65_HS1-834228961_62-HQ-83894_Section_2
Agency: FBI
Page 107
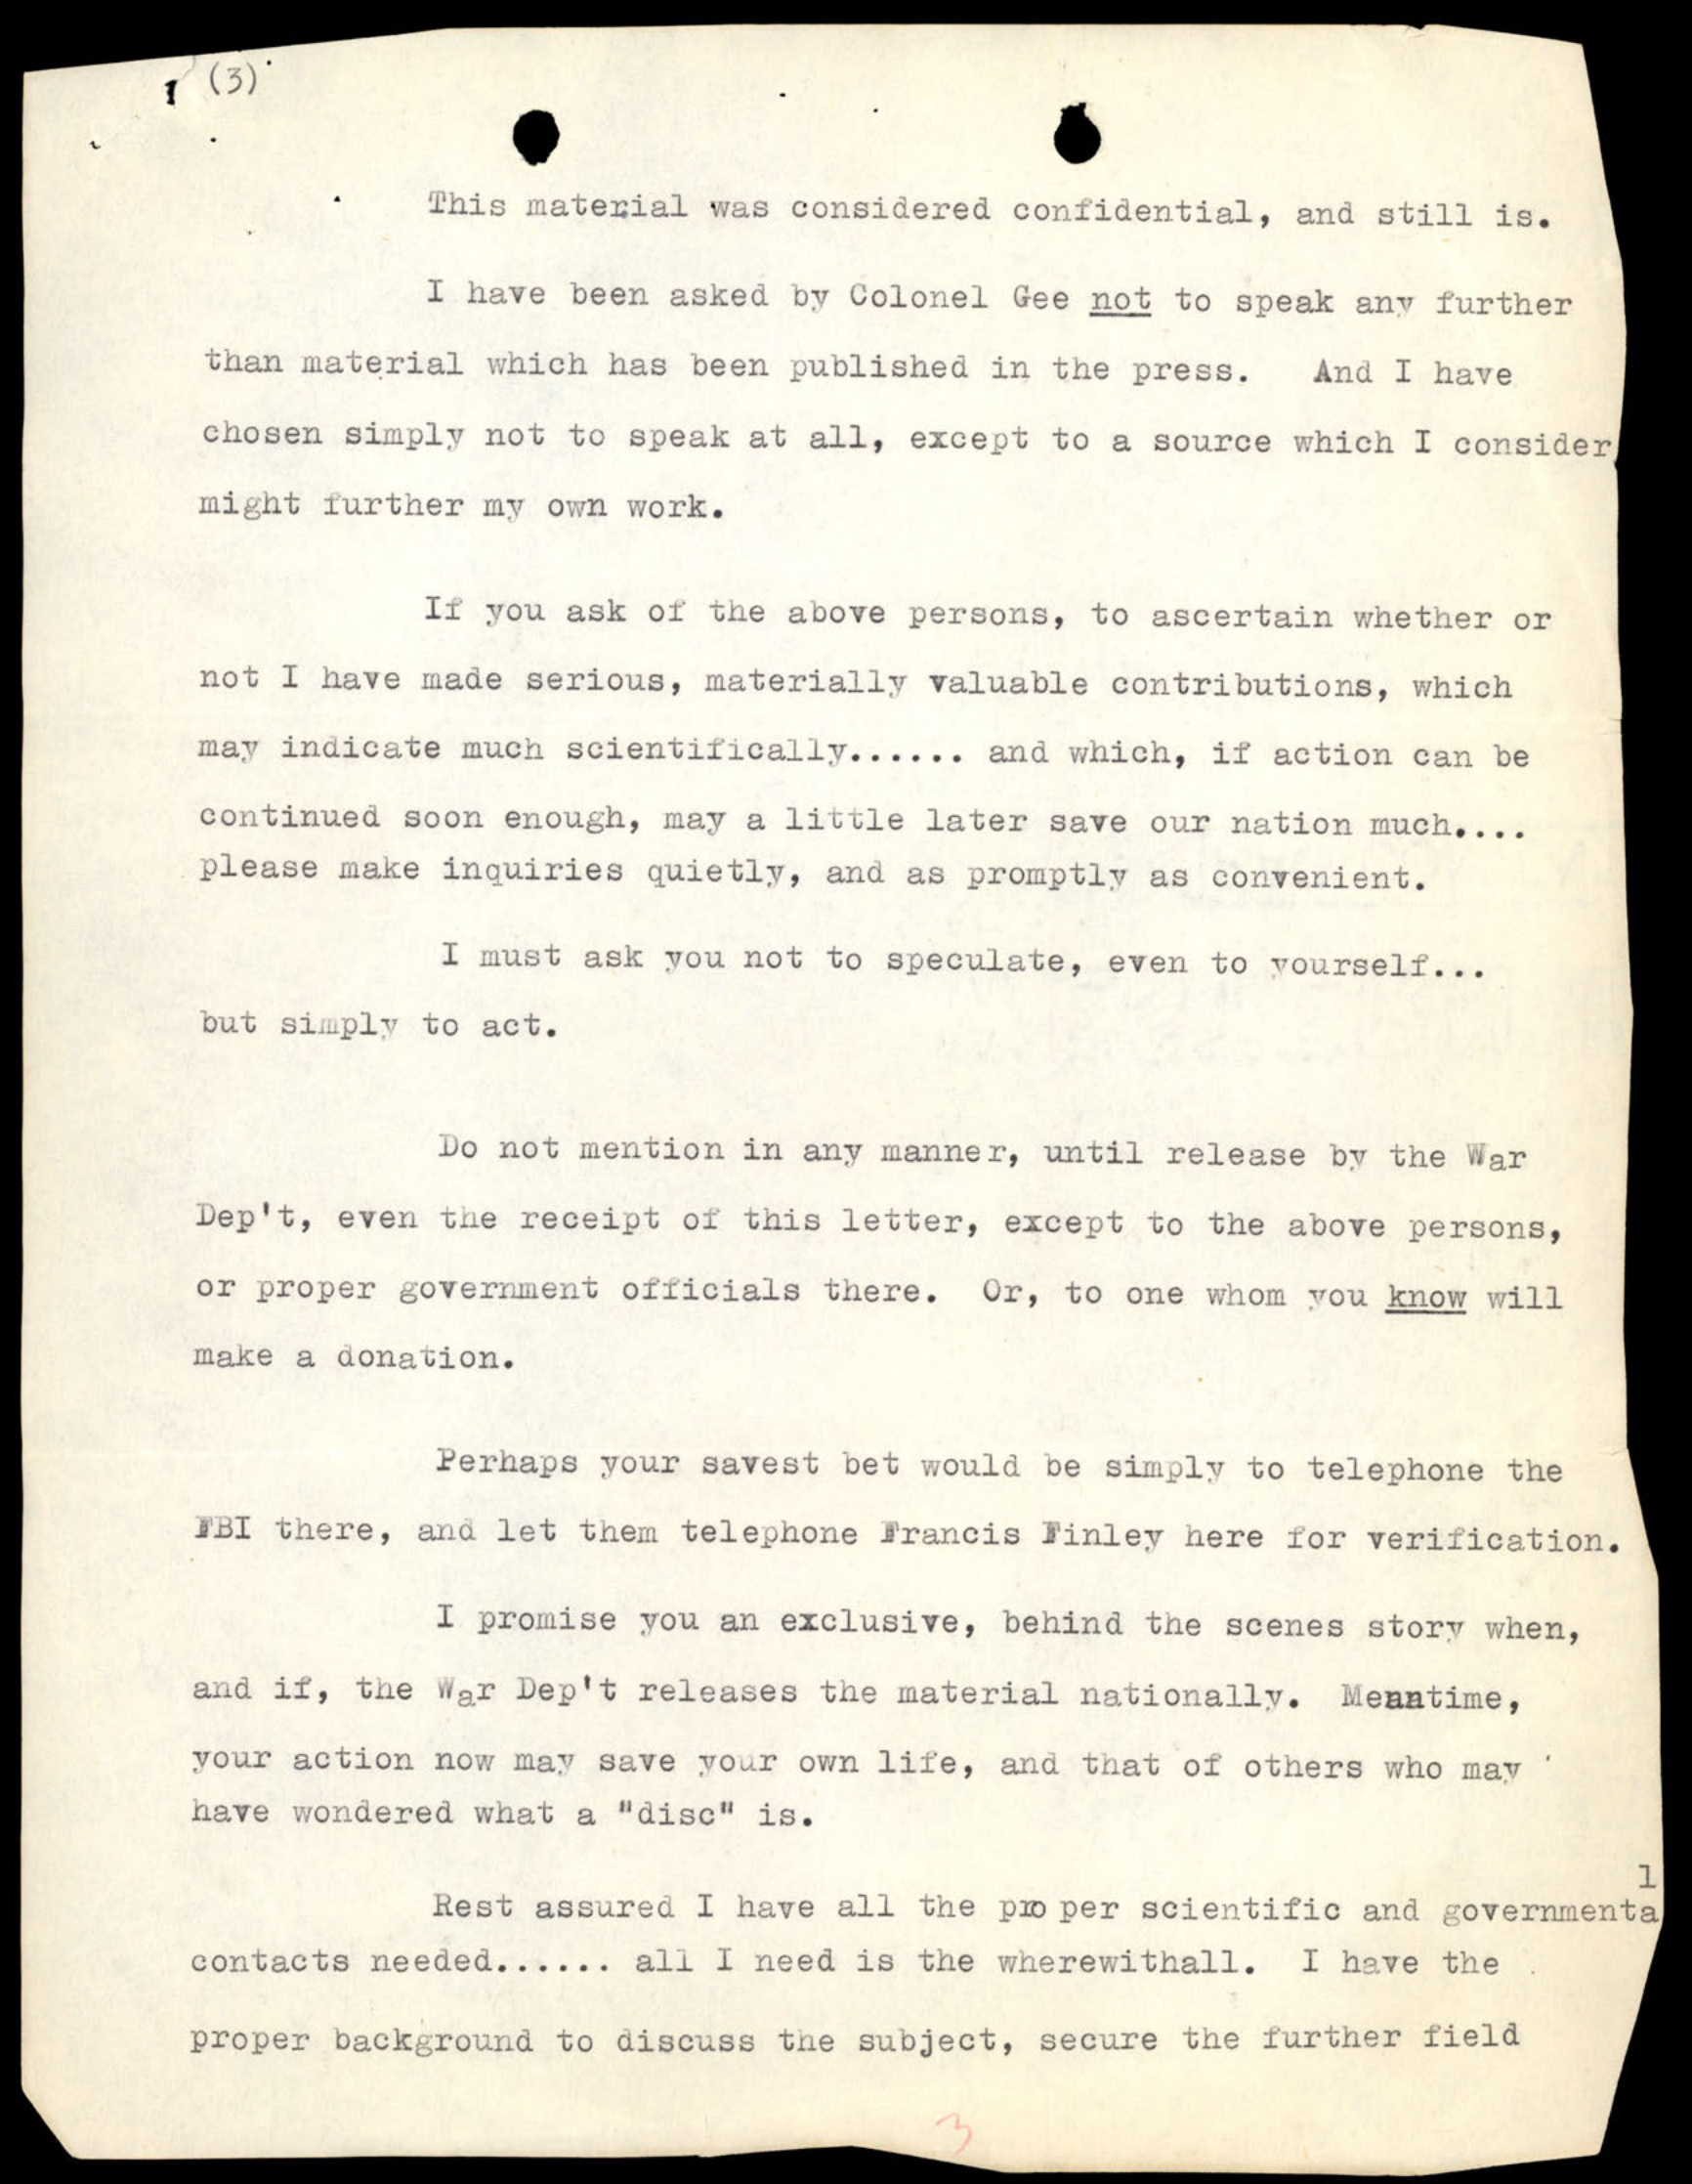